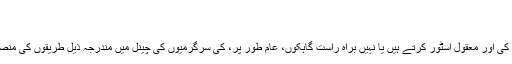
ل.
لوگ تجارتی نمائش جب سرگرمی
آج کے مال کے مطابق منصوبہ بندی، کسٹمر چینل سائنسی منصوبہ بندی کی اور معقول اسٹور کرتے ہیں یا نہیں براہ راست گاہکوں، عام طور پر، کی سرگرمیوں کی چینل میں مندرجہ ذیل طریقوں کی منصوبہ بندی پر اثر انداز:(1)، آلہ ڈسپوزایبل صحیح زاویہ ایک بھولبلییا چینل ۔